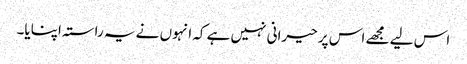
اس لیے مجھے اس پر حیرانی نہیں ہے کہ انہوں نے یہ راستہ اپنایا۔